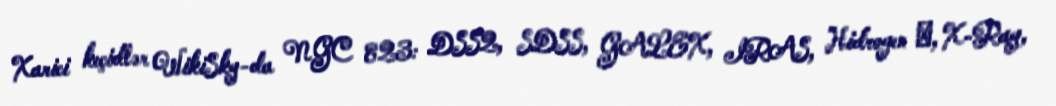
Xarici keçidlər WikiSky-da NGC 823: DSS2, SDSS, GALEX, IRAS, Hidrogen α, X-Ray,